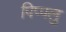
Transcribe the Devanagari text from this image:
पिप्पलु